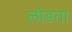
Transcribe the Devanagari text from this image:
लोडता